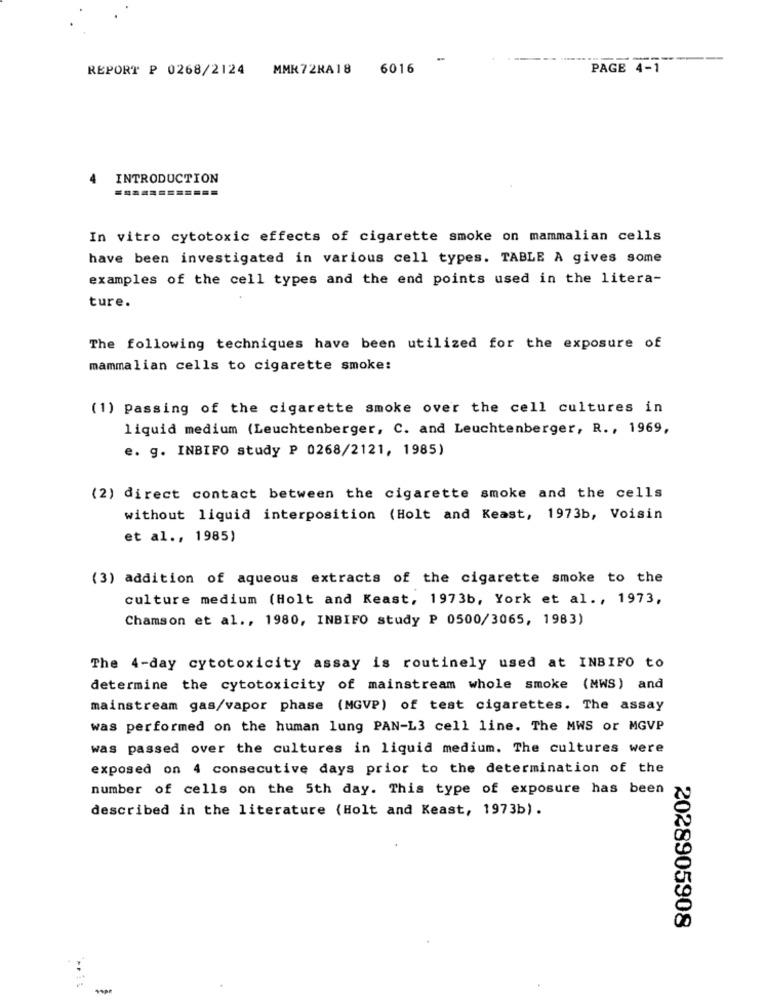
-
----
REPORT P 0268/2124 MMR72HA18
6016
PAGE 4-1
INTRODUCTION
In vitro cytotoxic effects of cigarette smoke on mammalian cells
have been investigated in various cell types. TABLE A gives some
examples of the cell types and the end points used in the litera-
ture.
The following techniques have been utilized for the exposure of
mammalian cells to cigarette smoke:
(1) Passing of the cigarette smoke over the cell cultures in
liquid medium (Leuchtenberger, C. and Leuchtenberger, R ., 1969,
e. g. INBIFO study P 0268/2121, 1985)
(2) direct contact between the cigarette smoke and the cells
without liquid interposition (Holt and Keast, 1973b, Voisin
et al ., 1985)
(3) addition of aqueous extracts of the cigarette smoke to the
culture medium (Holt and Keast, 1973b, York et al ., 1973,
Chamson et al ., 1980, INBIFO study P 0500/3065, 1983)
The 4-day cytotoxicity assay is routinely used at INBIPO to
determine the cytotoxicity of mainstream whole smoke (MWS) and
mainstream gas/vapor phase (MGVP) of test cigarettes. The assay
was performed on the human lung PAN-L3 cell line. The MWS or MGVP
was passed over the cultures in liquid medium. The cultures were
exposed on 4 consecutive days prior to the determination of the
number of cells on the 5th day. This type of exposure has been
described in the literature (Holt and Keast, 1973b).
2028905908